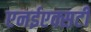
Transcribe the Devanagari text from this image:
एनईएक्सटी